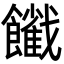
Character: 𩟦